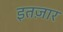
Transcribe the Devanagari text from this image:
इतज़ार